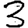
Digit: 3